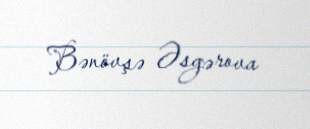
Bənövşə Əsgərova